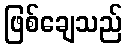
ဖြစ်ချေသည်